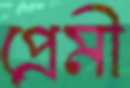
প্রেমী